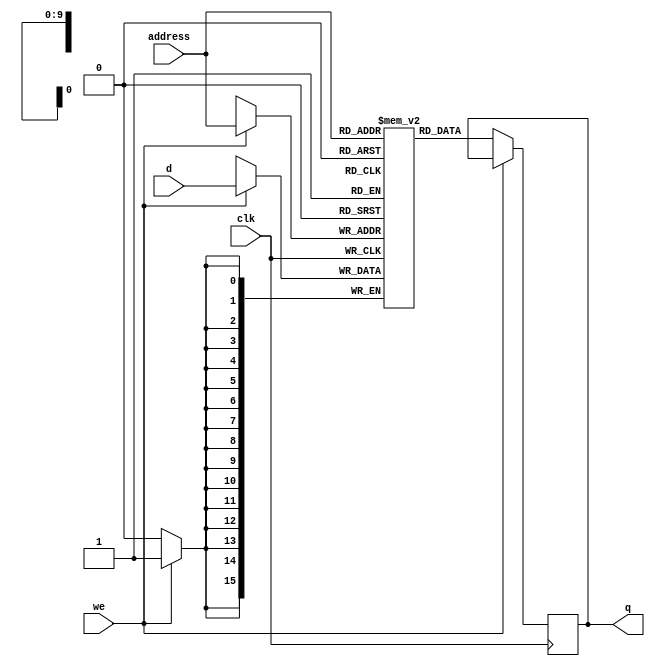
//SRAMA
module sram_input(
clk,
we,
d,
address,
q
);

input clk;	
input we;		//if(we) > [write enable] else > [read enable]
input signed [15:0] d; 	//data input (high impedance for this design)
input [9:0] address;	//memory address
output reg signed [15:0] q; 	//output

reg signed [15:0] mem [0:783];  

always @(posedge clk)
begin 
	if (we == 1)begin 
	mem[address] <= d; 

	end else if(we == 0)begin 
	q <= mem[address]; 
	end 
end

endmodule